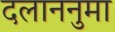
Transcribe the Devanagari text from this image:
दलाननुमा